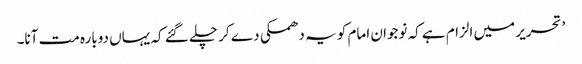
’ تحریر میں الزام ہے کہ نوجوان امام کو یہ دھمکی دے کر چلے گئے کہ یہاں دوبارہ مت آنا۔